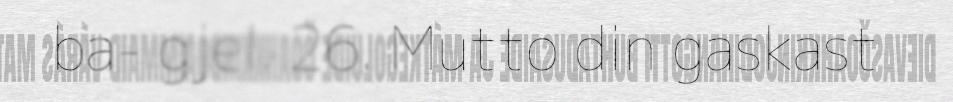
ba- gjel. 26. Mutto din gaskast